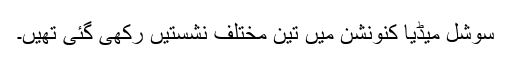
سوشل میڈیا کنونشن میں تین مختلف نشستیں رکھی گئی تھیں۔